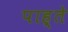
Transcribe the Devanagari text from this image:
पाह्ते